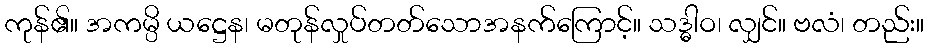
ကုန်၏။ အကမ္ပိ ယဋ္ဌေန၊ မတုန်လှုပ်တတ်သောအနက်ကြောင့်။ သဒ္ဓါဝ၊ လျှင်။ ဗလံ၊ တည်း။